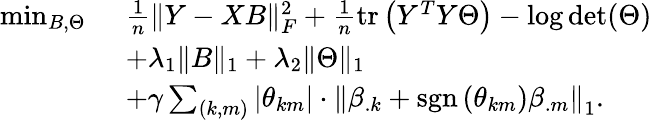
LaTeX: \begin{array}{rl}{\operatorname*{min}_{B,\Theta}~}&{\frac{1}{n}\| Y-XB\| _{F}^{2}+\frac{1}{n}\operatorname{tr}\left(Y^{T}Y\Theta\right)-\log\det(\Theta)}\\ &{+\lambda_{1}\| B\| _{1}+\lambda_{2}\| \Theta\| _{1}}\\ &{+\gamma\sum_{(k,m)}\left|\theta_{km}\right|\cdot\left\| \beta_{.k}+\operatorname{sgn}\left(\theta_{km}\right)\beta_{.m}\right\| _{1}.}\end{array}